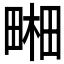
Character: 𤲭